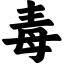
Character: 毒